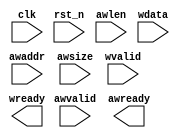
module DCache(
	// Input signals
	input wire			clk,
	input wire			rst_n,
	
	// Write address channel
	input wire			awvalid,
	input wire [31:0]	awaddr,
	input wire [2:0]	awsize,
	input wire [7:0]	awlen,
	output wire			awready,	

	// Write data channel
	input wire			wvalid,
	input wire [31:0]	wdata,

	// Output signals	
	output wire 			awready,
	output wire				wready
);
endmodule